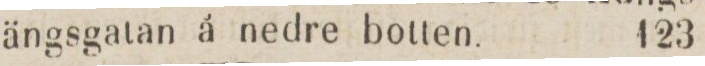
ängsgatan å nedre botten.    123